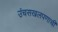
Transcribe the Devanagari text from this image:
उंचसखलपणाची